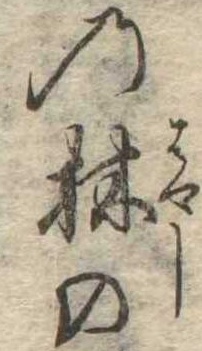
の林の